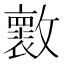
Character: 𣀩